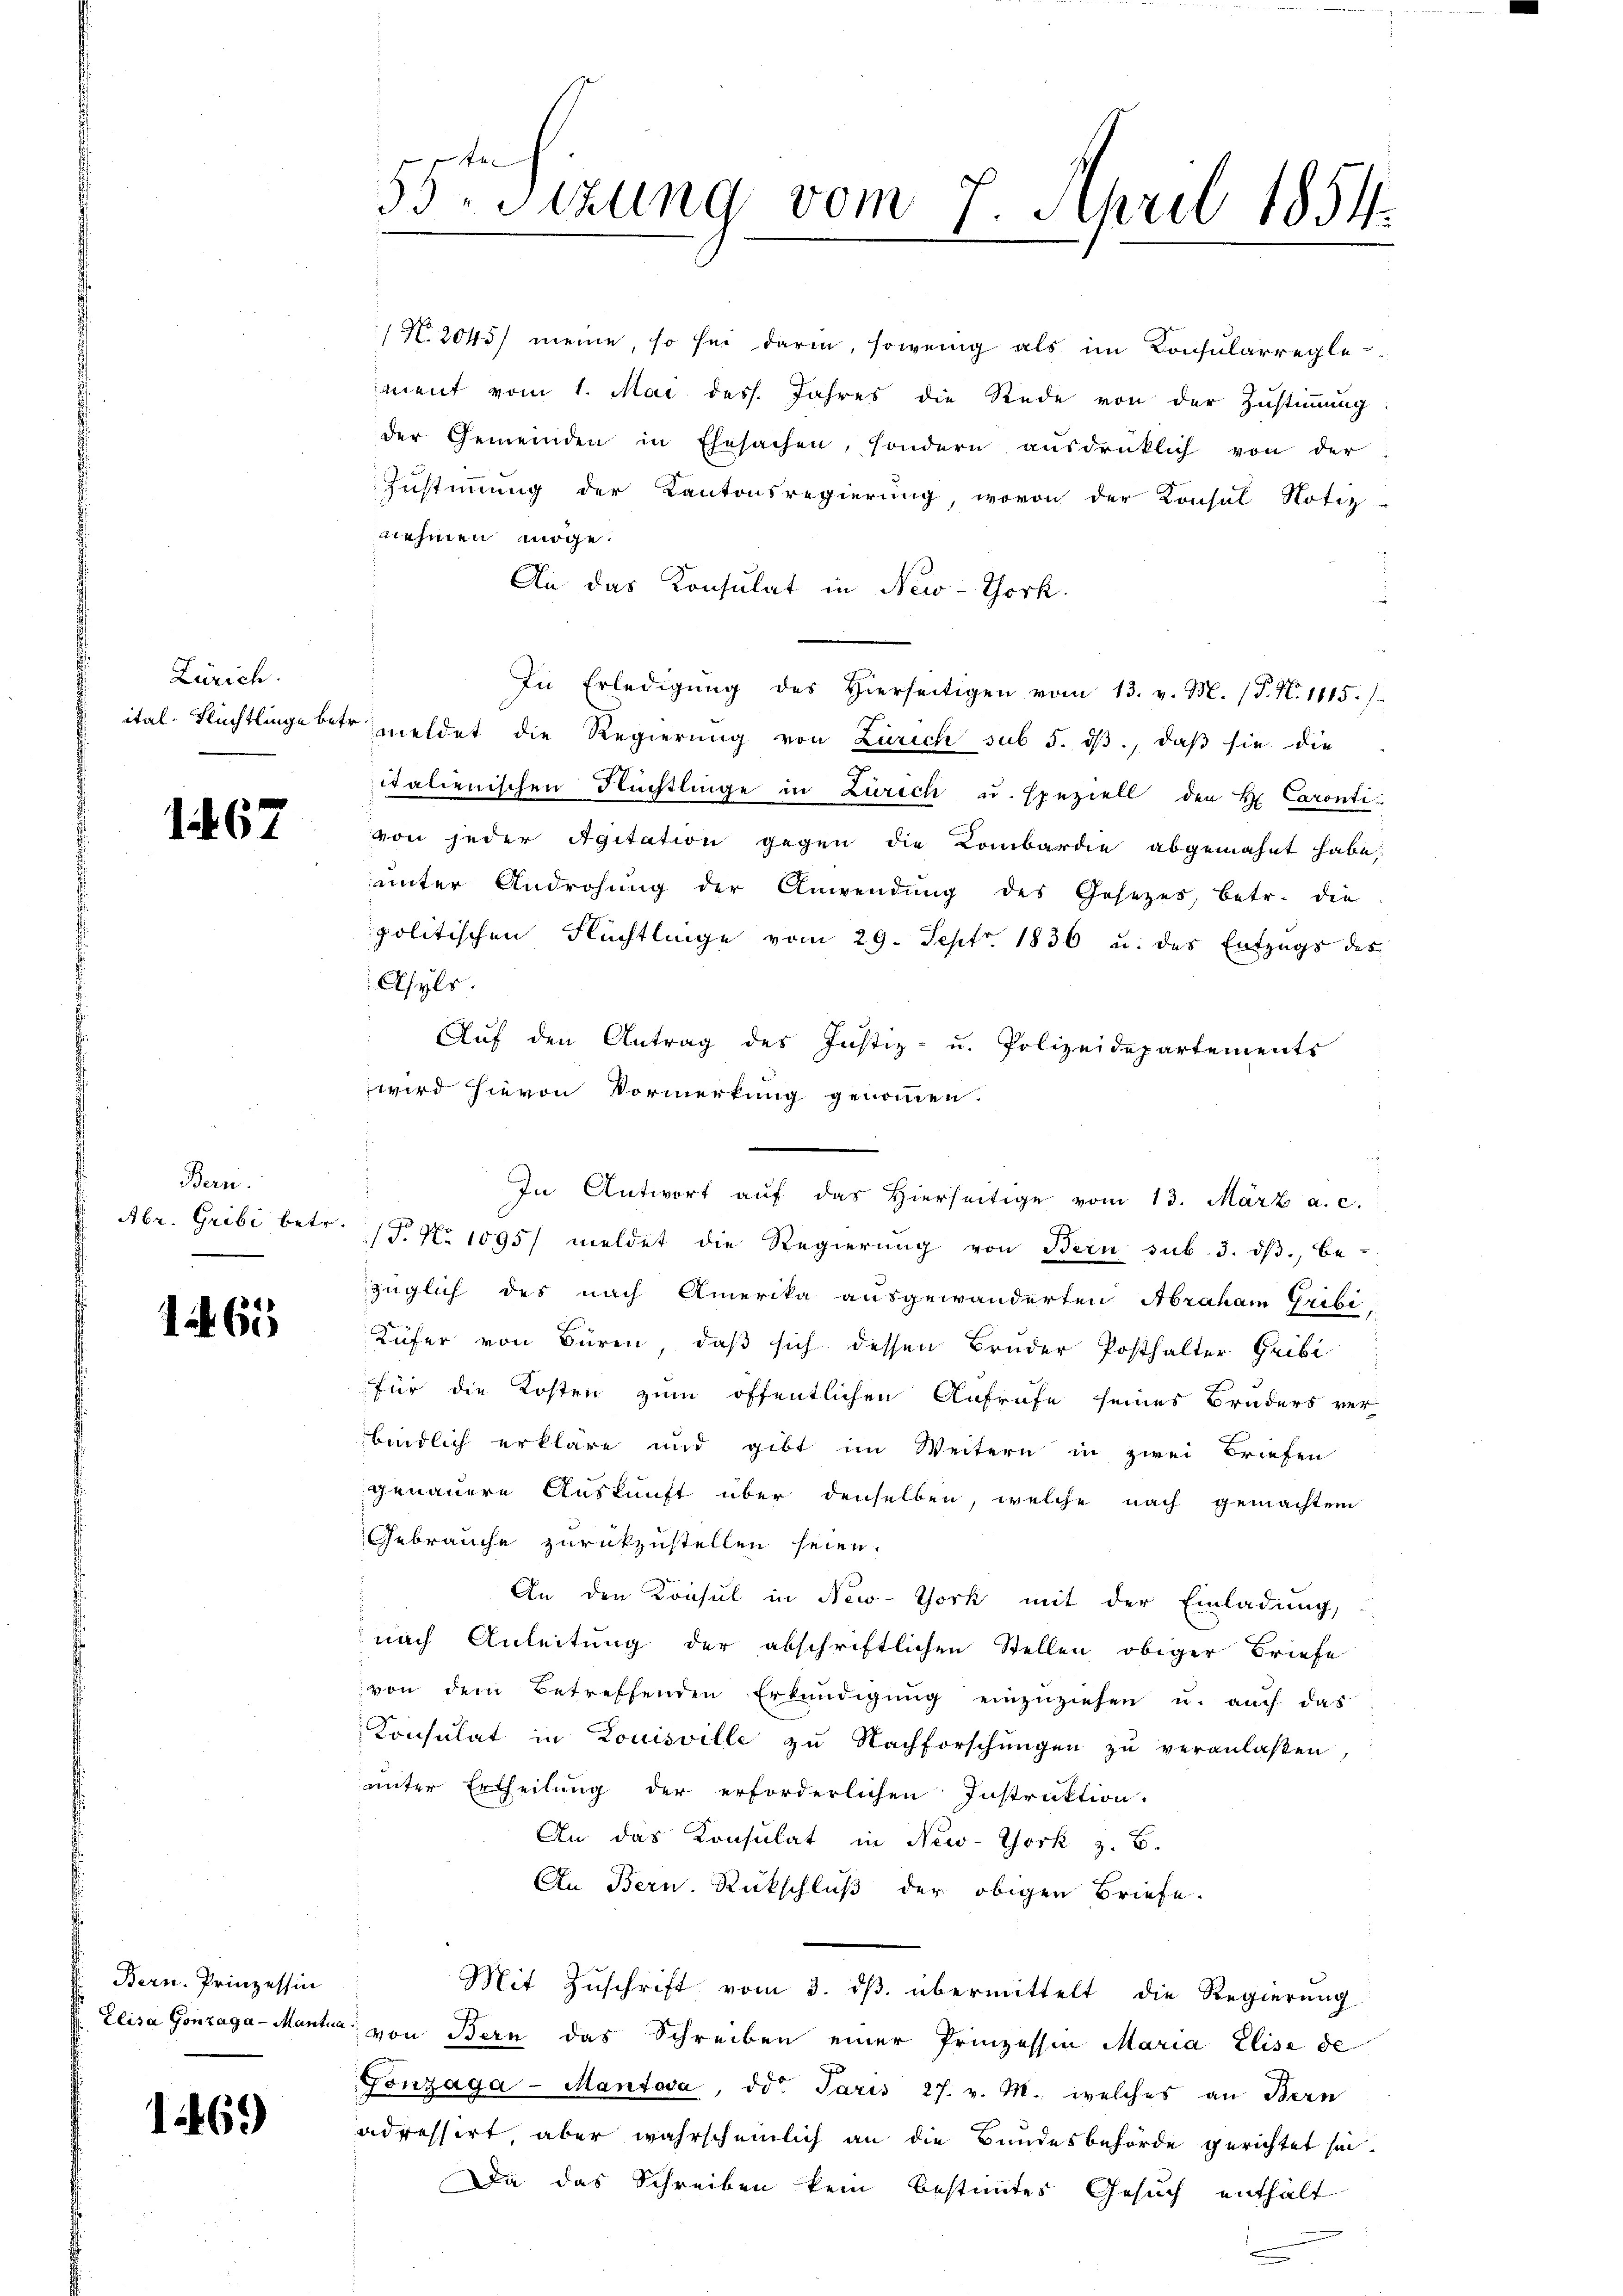
Zürich.

167

Bern.
Abr. Gribi betr.

1465

Bern. Prinzessin

1469)

N. 2045/ meine, so sei darin, sowenig als im Konsularregle
ment vom 1. Mai dess. Jahres die Rede von der Zustimmung
der Gemeinden in Ehesachen, sondern ausdrüklich von der
Zustimmung der Kantonsregierung, wovon der Konsul Notiz-
nehmen möge.
An das Konsulat in New-York.
In Erledigŭng des hierseitigen vom 13. v. M. (T. N. 1115.
ital. Flüchtlinge betr. meldet die Regierung von Zürich sub 5. dβ, daß sie die
italienischen Flüchtlinge in Zürich u. speziell den H. Caronti
von jeder Agitation gegen die Kombardie abgemahnt habe;
unter Androhung der Anwendung des Gesetzes, betr. die
politischen Flüchtlinge vom 29. Sept. 1836 u. das Entzugs des
Asyls.
Auf den Antrag des Justiz- u. Polizeidepartements
wird hievon Vormerkung genommen.
T. No 1095/ meldet die Regierŭng von Bern sub. 3. dβ be-
züglich des nach Amerika ausgewänderten Abraham Gribi
Küfer von Büren, daß sich dessen Bruder Posthalter Gribi
für die Kosten zum öffentlichen Aufrufe seines Bruders ver-
bindlich erkläre und gibt im Weitern in zwei Briefen
genauere Auskunft über denselben, welche nach gemachtem
Gebrauche zurückzustellen seien.
An den Konsul in New-York mit der Einladung,
nach Anleitung der abschriftlichen Stellen obiger Briefe
von dem Betreffenden Erkundigung einzuziehen u. auch das
Konsulat in Louisville zu Nachforschungen zu veranlaßen,
unter Ertheilung der erforderlichen Instruktion.
An das Konsulat in New-York z. B.
An Bern. Rückschluß der obigen Briefe
Mit Zŭschrift vom 3. dβ übermittelt die Regierŭng.
Elisa Gonzaga-Mantia von Bern das Schreiben einer Prinzessin Maria Elise de
Gonzaga-Mantova, ddo. Paris 27. v. M. welches an Bern
adressirt aber wahrscheinlich an die Bundesbehörde gerichtet sei.
Da das Schreiben kein bestimmtes Gesuch enthält

te
55. Sizung vom 7. April 1854.

In Antwort auf das Hierseitige vom 13. März a. c.